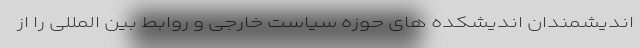
اندیشمندان اندیشکده های حوزه سیاست خارجی و روابط بین المللی را از